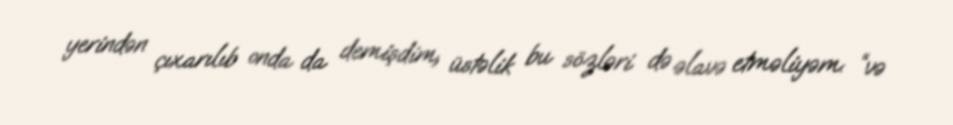
yerindən çıxarılıb onda da demişdim, üstəlik bu sözləri də əlavə etməliyəm: “və